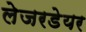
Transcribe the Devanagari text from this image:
लेजरडेयर